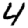
Digit: 4